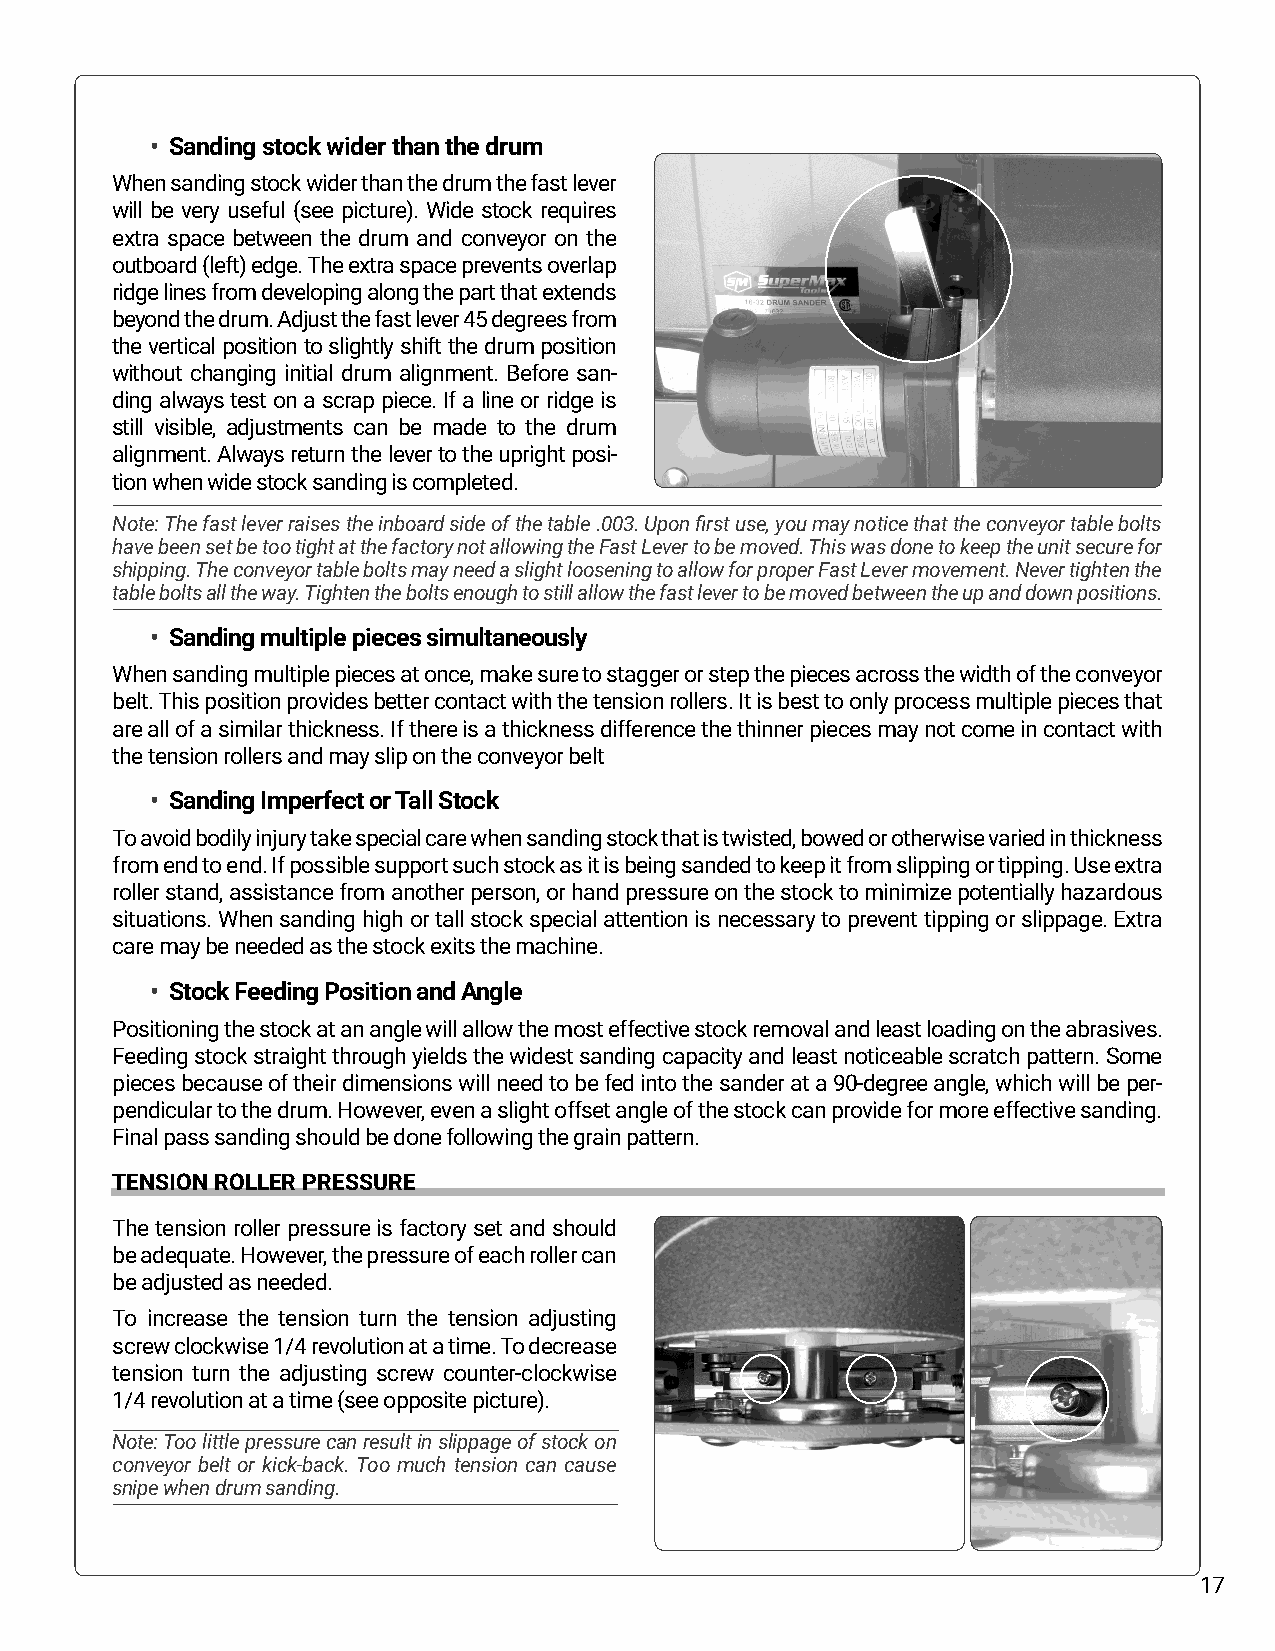
• Sanding stock wider than the drum
 When sanding stock wider than the drum the fast lever
 will be very useful (see picture). Wide stock requires
 extra space between the drum and conveyor on the
 outboard (left) edge. The extra space prevents overlap
 ridge lines from developing along the part that extends
 beyond the drum. Adjust the fast lever 45 degrees from
 the vertical position to slightly shift the drum position
 without changing initial drum alignment. Before san-
 ding always test on a scrap piece. If a line or ridge is
 still visible, adjustments can be made to the drum
 alignment. Always return the lever to the upright posi-
 tion when wide stock sanding is completed.
 Note: The fast lever raises the inboard side of the table .003. Upon first use, you may notice that the conveyor table bolts
 have been set be too tight at the factory not allowing the Fast Lever to be moved. This was done to keep the unit secure for
 shipping. The conveyor table bolts may need a slight loosening to allow for proper Fast Lever movement. Never tighten the
 table bolts all the way. Tighten the bolts enough to still allow the fast lever to be moved between the up and down positions.
 • Sanding multiple pieces simultaneously
 When sanding multiple pieces at once, make sure to stagger or step the pieces across the width of the conveyor
 belt. This position provides better contact with the tension rollers. It is best to only process multiple pieces that
 are all of a similar thickness. If there is a thickness difference the thinner pieces may not come in contact with
 the tension rollers and may slip on the conveyor belt
 • Sanding Imperfect or Tall Stock
 To avoid bodily injury take special care when sanding stock that is twisted, bowed or otherwise varied in thickness
 from end to end. If possible support such stock as it is being sanded to keep it from slipping or tipping. Use extra
 roller stand, assistance from another person, or hand pressure on the stock to minimize potentially hazardous
 situations. When sanding high or tall stock special attention is necessary to prevent tipping or slippage. Extra
 care may be needed as the stock exits the machine.
 • Stock Feeding Position and Angle
 Positioning the stock at an angle will allow the most effective stock removal and least loading on the abrasives.
 Feeding stock straight through yields the widest sanding capacity and least noticeable scratch pattern. Some
 pieces because of their dimensions will need to be fed into the sander at a 90-degree angle, which will be per-
 pendicular to the drum. However, even a slight offset angle of the stock can provide for more effective sanding.
 Final pass sanding should be done following the grain pattern.
 TENSION ROLLER PRESSURE
 The tension roller pressure is factory set and should
 be adequate. However, the pressure of each roller can
 be adjusted as needed.
 To increase the tension turn the tension adjusting
 screw clockwise 1/4 revolution at a time. To decrease
 tension turn the adjusting screw counter-clockwise
 1/4 revolution at a time (see opposite picture).
 Note: Too little pressure can result in slippage of stock on
 conveyor belt or kick-back. Too much tension can cause
 snipe when drum sanding.
 17